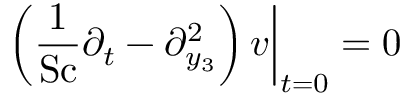
\left. \left( \frac { 1 } { \mathrm { S c } } \partial _ { t } - \partial _ { y _ { 3 } } ^ { 2 } \right) v \right| _ { t = 0 } = 0